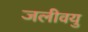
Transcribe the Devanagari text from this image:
जलीवयु